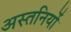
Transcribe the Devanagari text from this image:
अस्तनियों